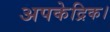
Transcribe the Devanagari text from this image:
अपकेद्रिक।